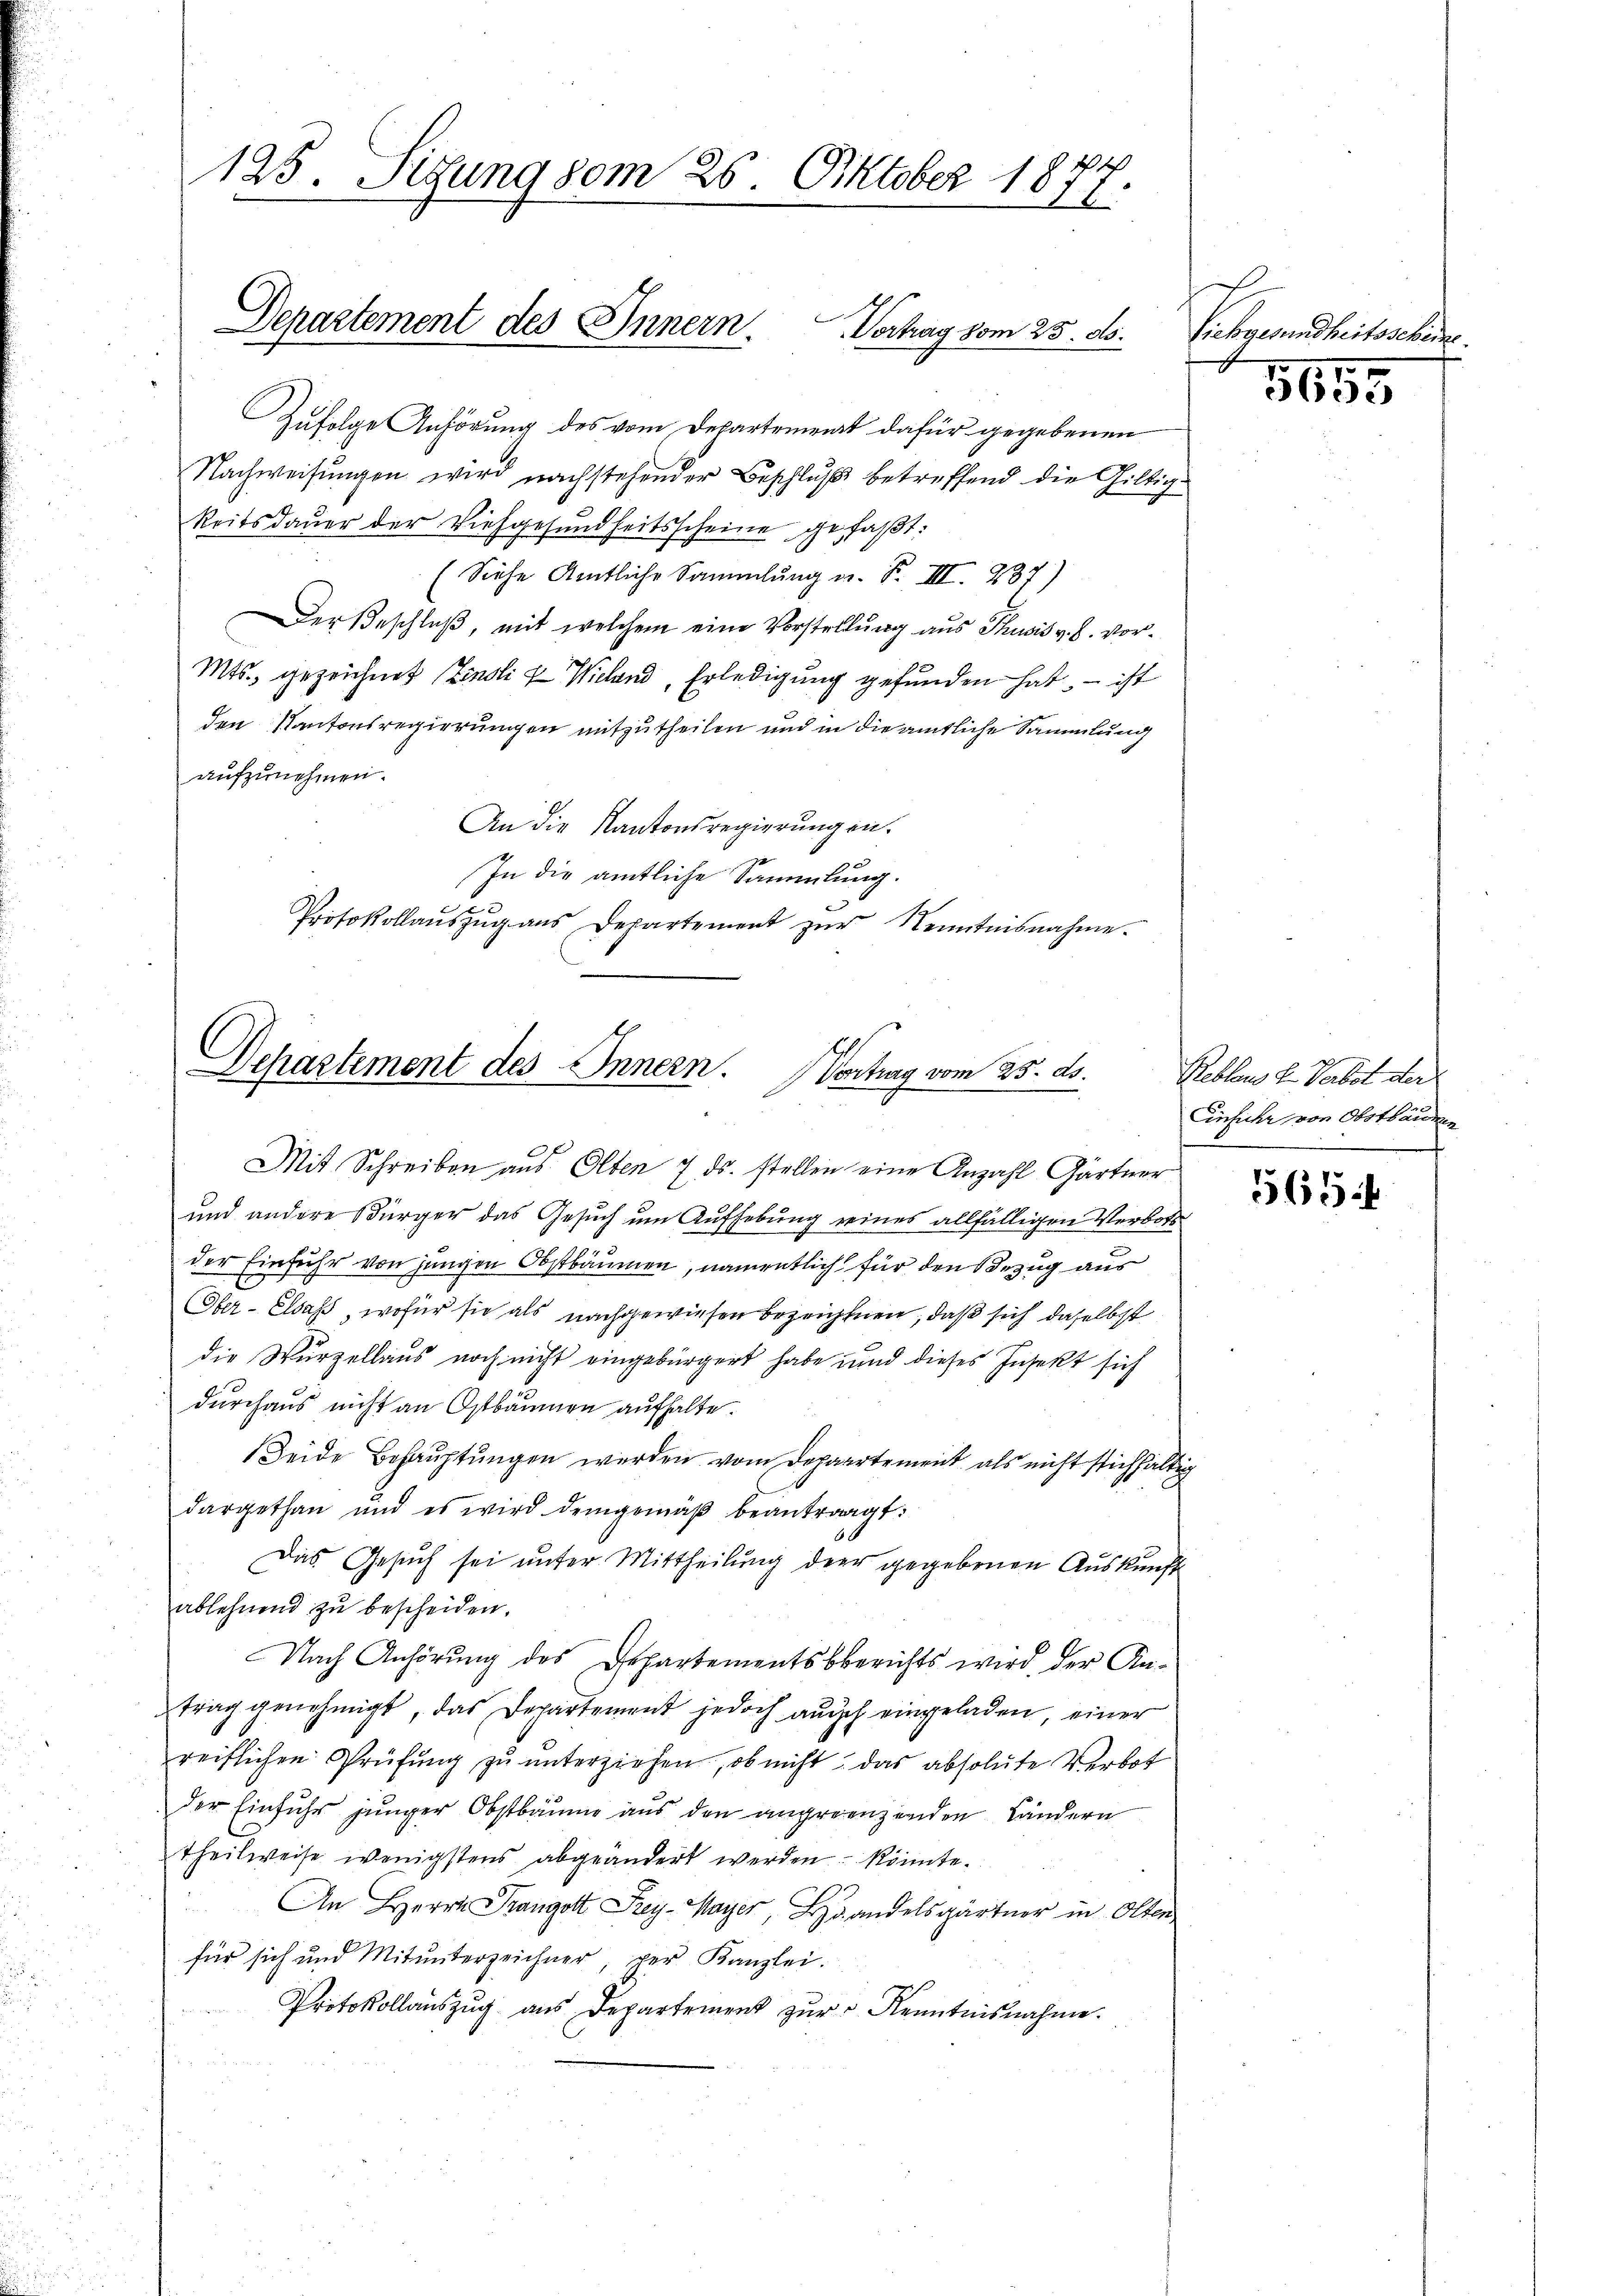
125. Sitzung vom 25. Oktober 187.

Zufolge Anhörung des vom Departent dafür gegebenen
Nachweisungen wird nachstehender Beschluß betreffend die Giltig¬
Reitsdauer der Viehgesundheitsscheine gefaßt:
(Siehe Amtliche Sammlung er. F. III. 287)
Der Beschluß, mit welchem eine Vorstellung aus Thusis v. J. vor¬
Mts. gezeichnet Zinsli & Wieland, Erledigung gefunden hat, – ist
den Kantonsregierungen mitzutheilen und in die amtliche Sammlung
aufzunehmen.
An die Kantonsregierungen.
ge
In die amtliche Sammlung.
Protokollaŭszŭg ans Departement zŭr Kenntnisnahme.

Departement des Innern. Vortrag vom 25. ds.

Dehastement des Innern. Vortrag vom 25. ds.

Mit Schreiben aus Olten 7. ds. stellen eine Anzahl Gärtner

und andere Bürger das Gesuch um Aufhebung eines allfälligen Verbot
der Einfuhr von jungen Obstbäumen, namentlich für den Bezug aus
Ober- Elsass, wofür sie als nachgewiesen bezeichnen, daß sich daselbst
die Wurzellaus noch nicht eingebürgert habe und dieses Insekt sich
durchaus nicht an Ostbäumen aufhalte.
Seide Behauptungen werden vom Departement als nicht stichhaltig
dargethan und es wird demgemäβ beantragt:
Das Gesuch sei unter Mittheilung der gegebenen Auskunft
ablehnend zu bescheiden.
Nach Anhörung des Departementsberichts wird, der Antrag genehmigt, das Departement jedoch auch eingeladen, einer
reiflichen Prüfŭng zŭ ŭnterziehen, ob nicht das absolute Verbot
der Einfuhr junger Obstbäume aus den angrenzenden Ländern
theilweise wenigstens abgeändert werden könnte.
An Herrn Prangott Frey-Mayer, Handelsgärtner in Olten
für sich und Mitunterzeichner, per Kanzlei.
Protokollauszug aus Departement zŭr Kenntnisnahme.

Siebgesundheitsschen

5655

1
Reblen L. Verbot der
Einfuhr von Obstbäumen

565